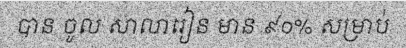
បាន ចូល សាលារៀន មាន ៩០% សម្រាប់